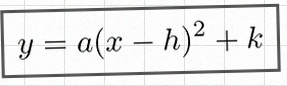
y=a(x-h)^2+k